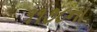
૧૧૭૮ના